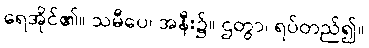
ရေအိုင်၏။ သမီပေ၊ အနီး၌။ ဌတွာ၊ ရပ်တည်၍။